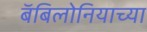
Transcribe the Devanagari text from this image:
बॅबिलोनियाच्या